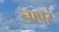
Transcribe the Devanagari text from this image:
नापरं